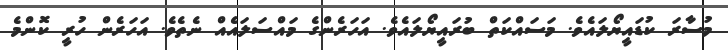
މުސާރަ ކުޑައީޔޯލައެވެ. މަސައްކަތް ބުރައީޔޯލައެވެ. އަހަރެންގެ މައްސަލައެއް ނެތެވެ. އަހަރެން ހުރީ ކޮންމެ